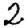
Digit: 2